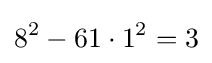
8^{2}-61\cdot 1^{2}=3